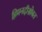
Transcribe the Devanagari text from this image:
हिमनदीसोबत